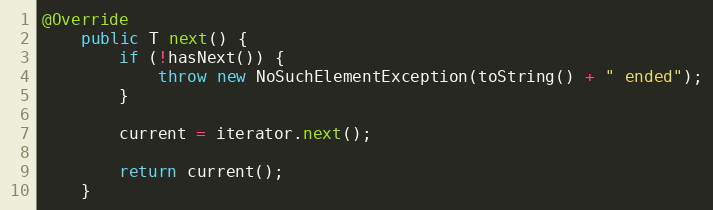
Language: Java
@Override
	public T next() {
		if (!hasNext()) {
			throw new NoSuchElementException(toString() + " ended");
		}

		current = iterator.next();

		return current();
	}